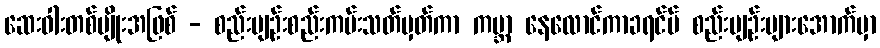
ဆေးဝါးတစ်မျိုးအဖြစ် - စည်းမျဉ်းစည်းကမ်းသတ်မှတ်ကာ ကမ္ဘာ့ နေလောင်ကာခရင်မ် စည်းမျဉ်းများအောက်မှာ